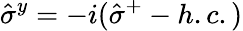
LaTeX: \hat{\sigma}^{y}=-i(\hat{\sigma}^{+}-h.c.)